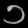
Digit: ၁